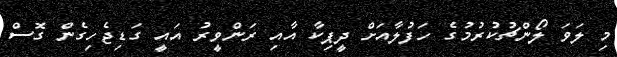
މި ލަވަ ލޯންޗުކުރުމުގެ ހަފުލާއަށް ދީޕިކާ އާއި ރަންވީރު އައީ ގަޑިޖެހިގެން ގޮސް